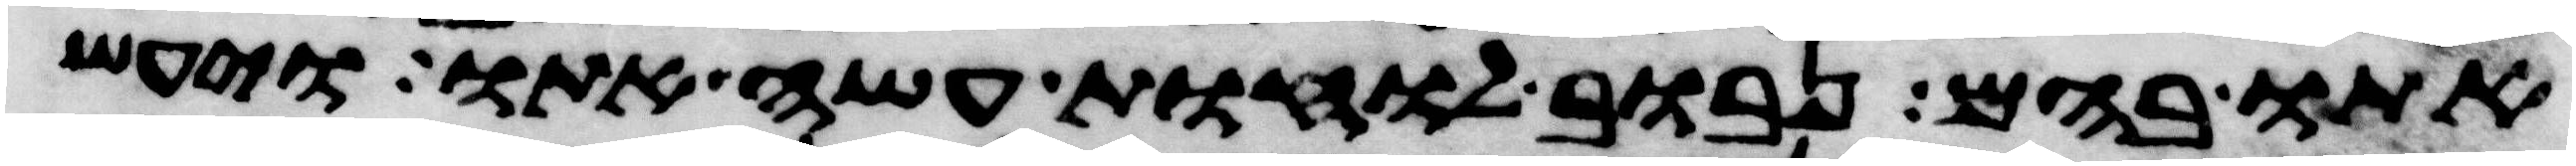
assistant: אתו בהם נבוב לוחת עשה אתו ויעש